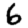
Digit: 6